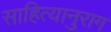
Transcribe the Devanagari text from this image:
साहित्यानुराग